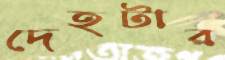
দেহটার